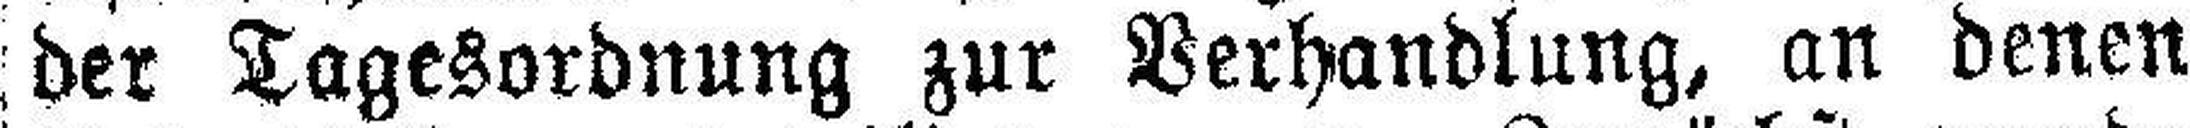
der Tagesordnung zur Verhandlung, an denen